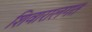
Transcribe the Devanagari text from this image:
शिवारालगत